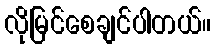
လိုမြင်စေချင်ပါတယ်။